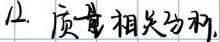
12. 质量相关分析.